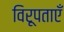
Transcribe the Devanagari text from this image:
विरूपताएँ